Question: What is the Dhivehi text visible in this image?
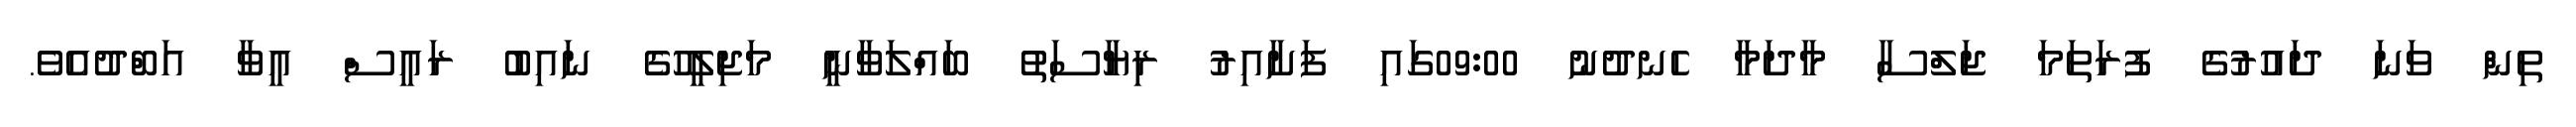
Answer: ތިން ވަނަ ދައުރުގެ ފުރަތަމަ ޖަލްސާ މާދަމާ ހެނދުނު 09:00ގައި ފަށާއިރު ރިޔާސަތު ބައްލަވާނީ މަޖިލީހުގެ ނައިބު ރައީސް އީވާ އަބްދުއެވެ.